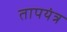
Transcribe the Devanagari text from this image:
तापयंत्र